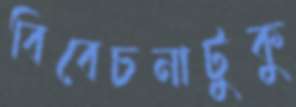
বিবেচনাটুকু